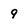
Character: 9